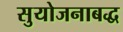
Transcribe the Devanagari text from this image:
सुयोजनाबद्ध